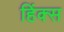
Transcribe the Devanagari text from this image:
हिंक्स